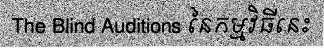
The Blind Auditions នៃកម្មវិធីនេះ